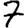
Digit: 7